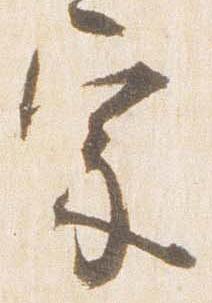
宗